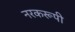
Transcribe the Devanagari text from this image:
नरकरूपी